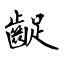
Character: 齪